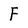
Character: F